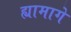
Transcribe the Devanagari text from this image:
ह्यामागे